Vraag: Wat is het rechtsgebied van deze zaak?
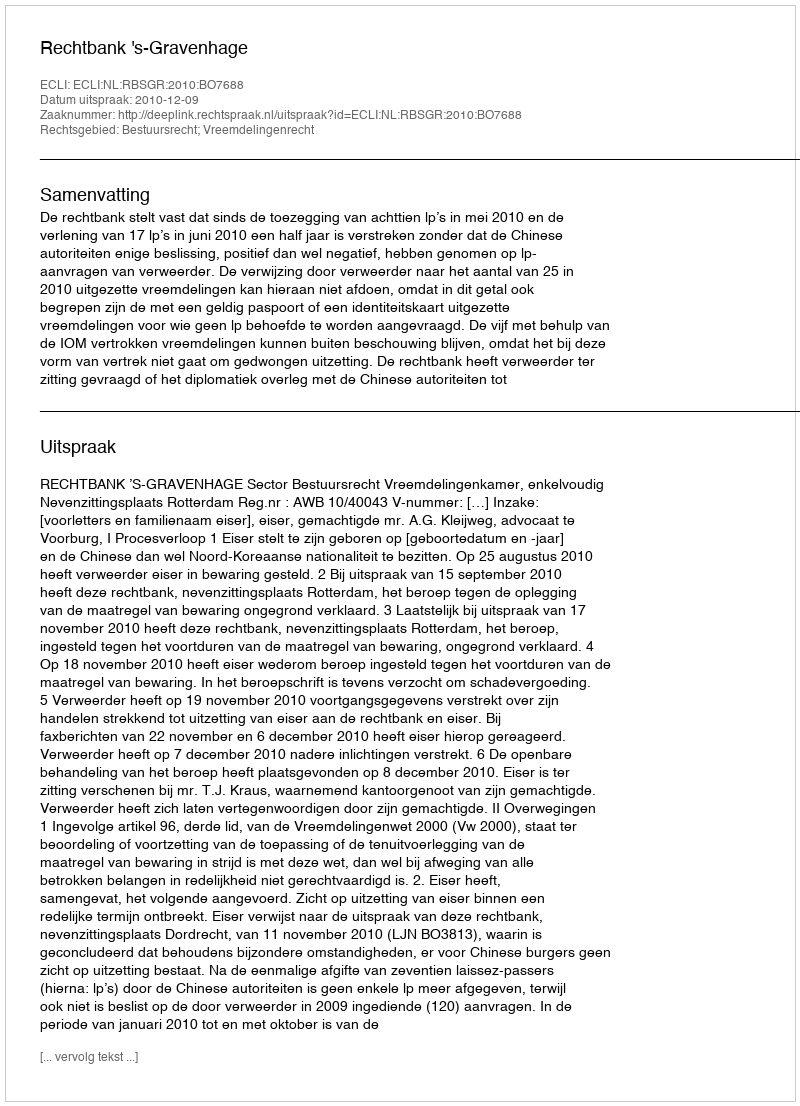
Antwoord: Bestuursrecht; Vreemdelingenrecht